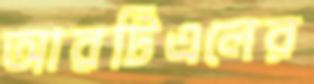
আরটিএলের